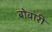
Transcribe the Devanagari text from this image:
बोवारी